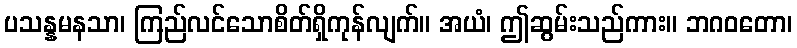
ပသန္နမနသာ၊ ကြည်လင်သောစိတ်ရှိကုန်လျက်။ အယံ၊ ဤဆွမ်းသည်ကား။ ဘဂဝတော၊